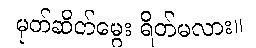
မုတ်ဆိတ်မွေး ရိတ်မလား။